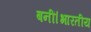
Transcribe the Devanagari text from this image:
बनीं।भारतीय